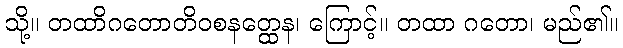
သို့။ တထာိဂတောတိဝစနတ္ထေန၊ ကြောင့်။ တထာ ဂတော၊ မည်၏။